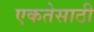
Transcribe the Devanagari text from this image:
एकतेसाठी